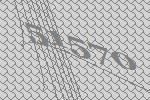
51570